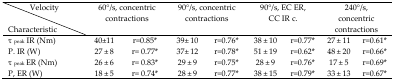
<table><thead><tr><td><b>Velocity</b></td><td rowspan="3" colspan="2"><b>60°/s, concentric contractions</b></td><td rowspan="3" colspan="2"><b>90°/s, concentric contractions</b></td><td rowspan="3" colspan="2"><b>90°/s, EC ER, CC IR c.</b></td><td rowspan="3" colspan="2"><b>240°/s, concentric contractions</b></td></tr><tr><td><b>Characteristic</b></td></tr></thead><tbody><tr><td>τ<sub>peak</sub> IR (Nm)</td><td>40±11</td><td>r=0.85<sup>*</sup></td><td>39± 10</td><td>r=0.76<sup>*</sup></td><td>38 ± 10</td><td>r=0.77<sup>*</sup></td><td>27 ± 11</td><td>r=0.61<sup>*</sup></td></tr><tr><td>P. IR (W)</td><td>27 ± 8</td><td>r= 0.77<sup>*</sup></td><td>37± 12</td><td>r=0.78<sup>*</sup></td><td>51 ± 19</td><td>r=0.62<sup>*</sup></td><td>48 ± 20</td><td>r=0.66<sup>*</sup></td></tr><tr><td>τ<sub>peak</sub> ER (Nm)</td><td>26 ± 6</td><td>r= 0.83<sup>*</sup></td><td>29 ± 9</td><td>r=0.75<sup>*</sup></td><td>28 ± 9</td><td>r=0.76<sup>*</sup></td><td>17 ± 5</td><td>r=0.69<sup>*</sup></td></tr><tr><td>P, ER (W)</td><td>18 ± 5</td><td>r= 0.74<sup>*</sup></td><td>28 ± 9</td><td>r=0.77<sup>*</sup></td><td>38 ± 15</td><td>r=0.79<sup>*</sup></td><td>33 ± 13</td><td>r=0.67<sup>*</sup></td></tr></tbody></table>